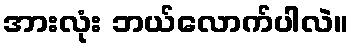
အားလုံး ဘယ်လောက်ပါလဲ။